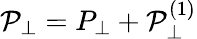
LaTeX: \mathcal{P}_{\perp}=P_{\perp}+\mathcal{P}_{\perp}^{(1)}